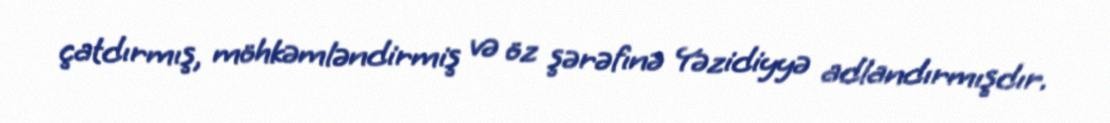
çatdırmış, möhkəmləndirmiş və öz şərəfınə Yəzidiyyə adlandırmışdır.